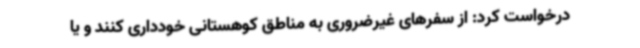
درخواست کرد: از سفرهای غیرضروری به مناطق کوهستانی خودداری کنند و یا